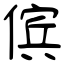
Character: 傧